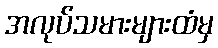
အလုပ်သမားများထံမှ